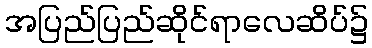
အပြည်ပြည်ဆိုင်ရာလေဆိပ်၌